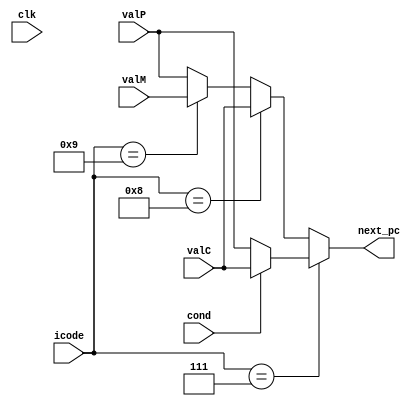
module pc_update (clk,cond,icode,valC,valM,valP,next_pc);
    input clk,cond;                 //clock, condition
    input [3:0] icode;              //instruction code
    input [63:0] valC,valM,valP;    //constant, memory value, next PC
    
    output reg [63:0] next_pc;      //new PC value
always @(*)
    begin
        if(icode==4'h7)               //jXX
        begin
            if(cond==1)
            begin
                next_pc=valC;         //if condition is true, next_pc should be valC
            end
            else
            begin
                next_pc=valP;
            end
        end
        else if(icode==4'h8)               //call
        begin
            next_pc=valC;    
        end
        else if(icode==4'h9)               //ret
        begin
            next_pc=valM;
        end
        else            //all other instructions
        begin
            next_pc=valP;
        end 
    end
endmodule